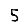
Digit: 5